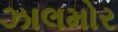
ઝાલમોર